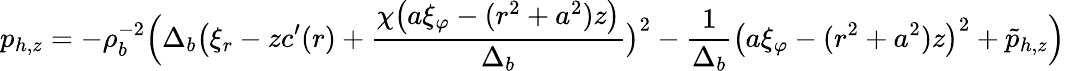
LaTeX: p_{h,z}=-\rho_{b}^{-2}\Big(\Delta_{b}\big(\xi_{r}-zc^{\prime}(r)+\frac{\chi\big(a\xi_{\varphi}-(r^{2}+a^{2})z\big)}{\Delta_{b}}\big)^{2}-\frac{1}{\Delta_{b}}\big(a\xi_{\varphi}-(r^{2}+a^{2})z\big)^{2}+\tilde{p}_{h,z}\Big)